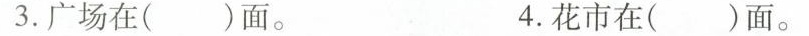
3. 广场在（ ）面。 4. 花市在（ ）面。